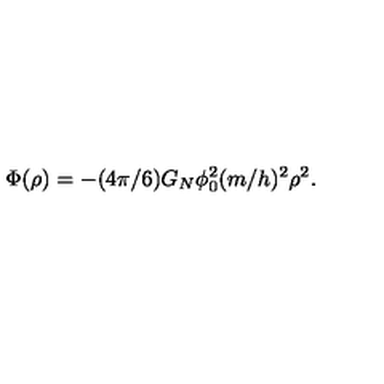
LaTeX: \Phi ( \rho ) = - ( 4 \pi / 6 ) G _ { N } \phi _ { 0 } ^ { 2 } ( m / h ) ^ { 2 } \rho ^ { 2 } .